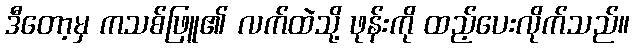
ဒီတော့မှ ကသစ်ဖြူ၏ လက်ထဲသို့ ဖုန်းကို ထည့်ပေးလိုက်သည်။